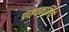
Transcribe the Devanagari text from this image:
प्रसवकर्मियों